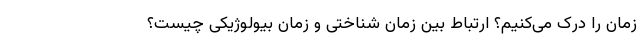
زمان را درک می‌کنیم؟ ارتباط بین زمان شناختی و زمان بیولوژیکی چیست؟